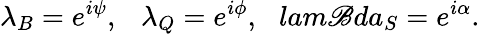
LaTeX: \lambda_{B}=e^{i\psi},\ \ \ \lambda_{Q}=e^{i\phi},\ \ \, lam\mathscr{B}da_{S}=e^{i\alpha}.